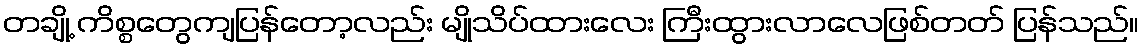
တချို့ ကိစ္စတွေကျပြန်တော့လည်း မျိုသိပ်ထားလေး ကြီးထွားလာလေဖြစ်တတ် ပြန်သည်။